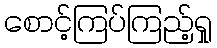
စောင့်ကြပ်ကြည့်ရှု